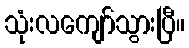
သုံးလကျော်သွားပြီ။